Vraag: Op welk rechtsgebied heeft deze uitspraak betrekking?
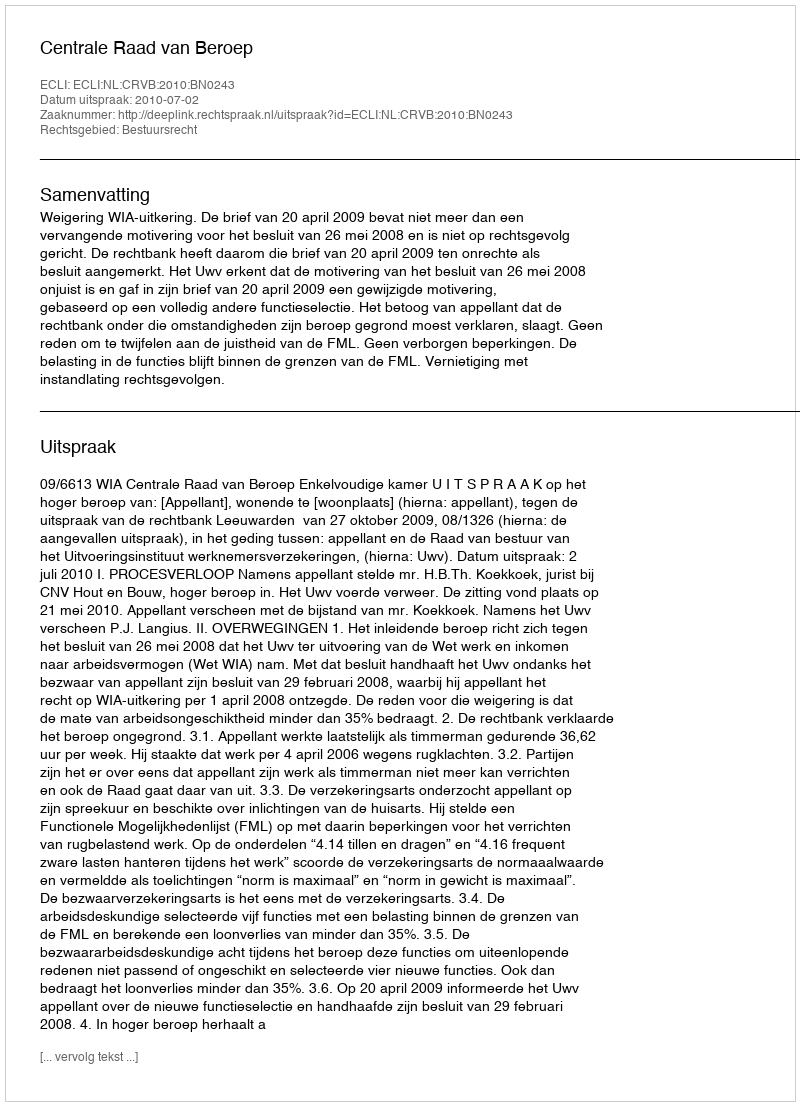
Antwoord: Bestuursrecht